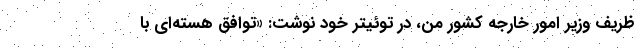
ظریف وزیر امور خارجه کشور من، در توئیتر خود نوشت: «توافق هسته‌ای با